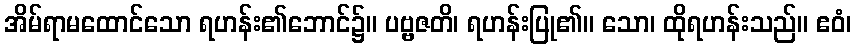
အိမ်ရာမထောင်သော ရဟန်း၏ဘောင်၌။ ပဗ္ဗဇတိ၊ ရဟန်းပြု၏။ သော၊ ထိုရဟန်းသည်။ ဧဝံ၊